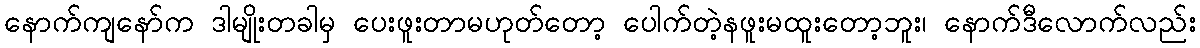
နောက်ကျနော်က ဒါမျိုးတခါမှ ပေးဖူးတာမဟုတ်တော့ ပေါက်တဲ့နဖူးမထူးတော့ဘူး၊ နောက်ဒီလောက်လည်း